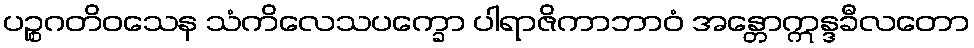
ပဉ္စဂတိဝသေန သံကိလေသပက္ခော ပါရာဇိကာဘာဝံ အန္တောဣန္ဒခီလတော